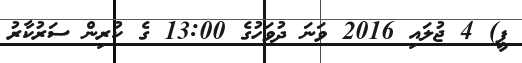
ޕީ) 4 ޖުލައި 2016 ވަނަ ދުވަހުގެ 13:00 ގެ ކުރިން ސަރުކާރު